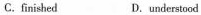
C.finished D.understood